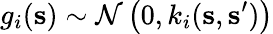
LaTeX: g_{i}(\mathbf{s})\sim\mathcal{N}\left(0,k_{i}(\mathbf{s},\mathbf{s}^{\prime})\right)